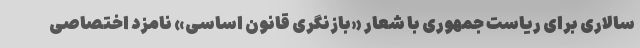
سالاری برای ریاست جمهوری با شعار «بازنگری قانون اساسی» نامزد اختصاصی